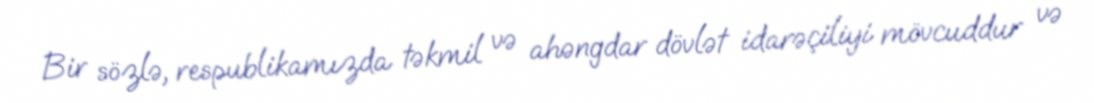
Bir sözlə, respublikamızda təkmil və ahəngdar dövlət idarəçiliyi mövcuddur və